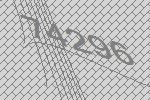
74296